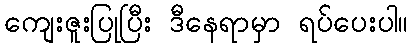
ကျေးဇူးပြုပြီး ဒီနေရာမှာ ရပ်ပေးပါ။